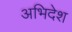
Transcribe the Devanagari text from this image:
अभिदेश